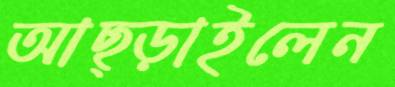
আছ্‌ড়াইলেন